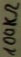
Text: 100KΩ